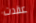
عقدت